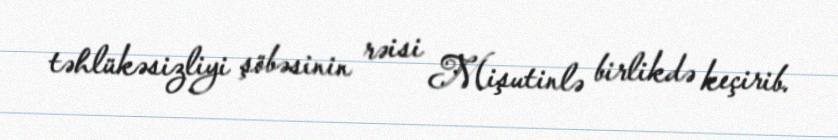
təhlükəsizliyi şöbəsinin rəisi Mişutinlə birlikdə keçirib.